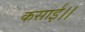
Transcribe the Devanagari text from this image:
कसाई।।